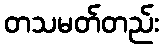
တသမတ်တည်း